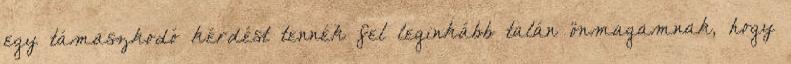
egy támaszkodó kérdést tennék fel leginkább talán önmagamnak, hogy